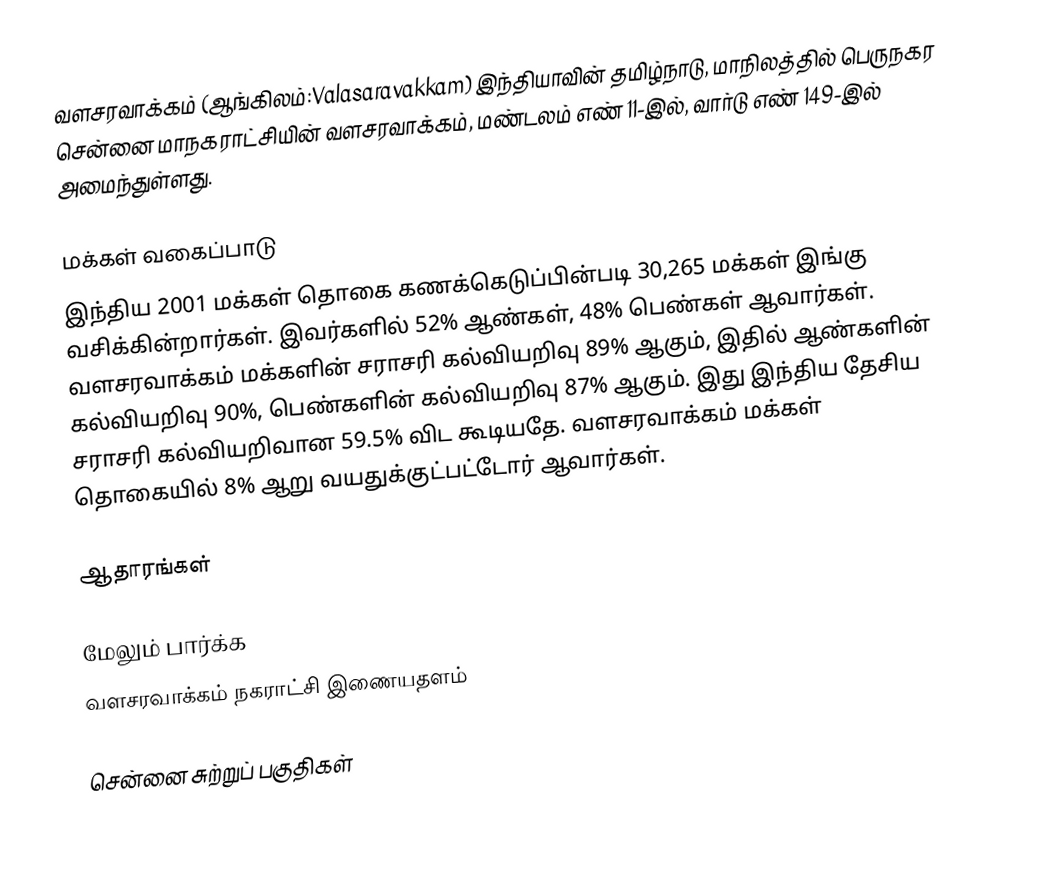
வளசரவாக்கம் (ஆங்கிலம்:Valasaravakkam) இந்தியாவின் தமிழ்நாடு, மாநிலத்தில் பெருநகர சென்னை மாநகராட்சியின் வளசரவாக்கம், மண்டலம் எண் 11-இல், வார்டு எண் 149-இல் அமைந்துள்ளது.

மக்கள் வகைப்பாடு
இந்திய 2001 மக்கள் தொகை கணக்கெடுப்பின்படி 30,265 மக்கள் இங்கு வசிக்கின்றார்கள். இவர்களில் 52% ஆண்கள், 48% பெண்கள் ஆவார்கள். வளசரவாக்கம் மக்களின் சராசரி கல்வியறிவு 89% ஆகும், இதில் ஆண்களின் கல்வியறிவு 90%, பெண்களின் கல்வியறிவு 87% ஆகும். இது இந்திய தேசிய சராசரி கல்வியறிவான 59.5% விட கூடியதே. வளசரவாக்கம் மக்கள் தொகையில் 8% ஆறு வயதுக்குட்பட்டோர் ஆவார்கள்.

ஆதாரங்கள்

மேலும் பார்க்க
 வளசரவாக்கம் நகராட்சி இணையதளம்

சென்னை சுற்றுப் பகுதிகள்